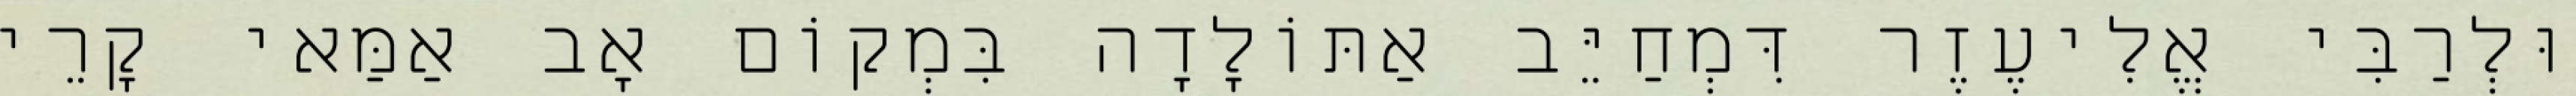
וּלְרַבִּי אֱלִיעֶזֶר דִּמְחַיֵּב אַתּוֹלָדָה בִּמְקוֹם אָב אַמַּאי קָרֵי